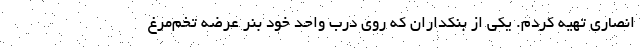
انصاری تهیه کردم. یکی از بنکداران که روی درب واحد خود بنر عرضه تخم‌مرغ